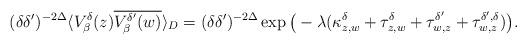
LaTeX: \begin{align*} &(\delta\delta')^{-2\Delta} \langle V^{\delta}_{\beta}(z) \overline{V^{\delta'}_{\beta}(w)}\rangle_{ D} = (\delta\delta')^{-2\Delta}\exp \big( -\lambda (\kappa_{z,w}^{\delta} + \tau^{\delta}_{z,{w}}+\tau^{\delta'}_{w,{z}}+\tau^{\delta',\delta}_{w,z}) \big).\end{align*}